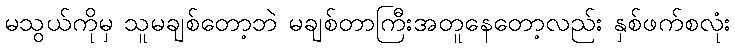
မသွယ်ကိုမှ သူမချစ်တော့ဘဲ မချစ်တာကြီးအတူနေတော့လည်း နှစ်ဖက်စလုံး